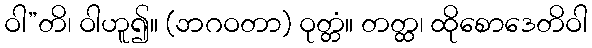
ဝါ”တိ၊ ဝါဟူ၍။ (ဘဂဝတာ) ဝုတ္တံ။ တတ္ထ၊ ထိုစောဒေတိဝါ